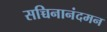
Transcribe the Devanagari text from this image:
सच्चिनानंदमन